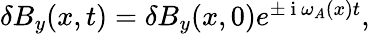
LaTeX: \begin{array}{r}{\delta B_{y}(x,t)=\delta B_{y}(x,0)e^{\pm\mathrm{~i~}\omega_{A}(x)t},}\end{array}